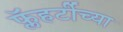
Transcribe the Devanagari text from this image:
फ्लॅहर्टीच्या